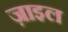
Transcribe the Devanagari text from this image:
ज़ाइल